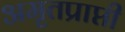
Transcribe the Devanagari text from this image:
अमृतप्राप्ती